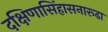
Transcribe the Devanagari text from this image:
दक्षिणासिंहासनारूढा